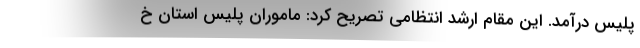
پلیس درآمد. این مقام ارشد انتظامی تصریح کرد: ماموران پلیس استان خ